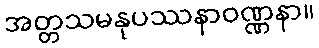
အတ္တသမနုပဿနာဝဏ္ဏနာ။